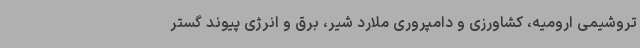
تروشیمی ارومیه، کشاورزی و دامپروری ملارد شیر، برق و انرژی پیوند گستر